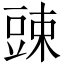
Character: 䜹